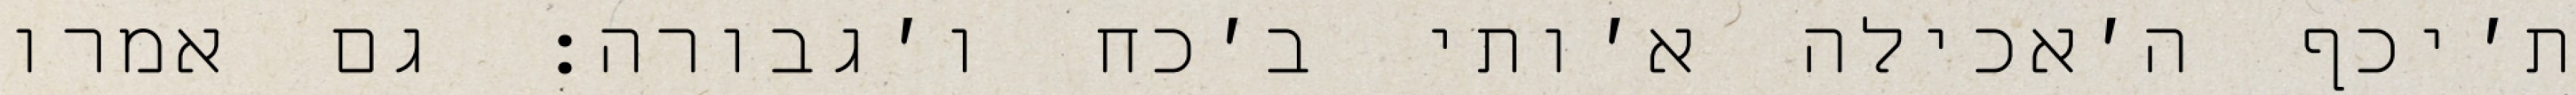
ת׳יכף ה׳אכילה א׳ותי ב׳כח ו׳גבורה: גם אמרו